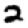
Digit: 2